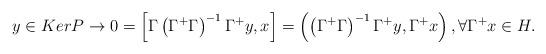
LaTeX: \begin{align*}y\in KerP\to 0=\left[ \Gamma \left( \Gamma^{+}\Gamma \right)^{-1}\Gamma^{+}y,x \right]=\left( \left( \Gamma^{+}\Gamma \right)^{-1}\Gamma^{+}y,\Gamma^{+}x \right),\forall \Gamma^{+}x\in H.\end{align*}